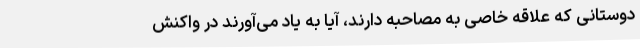
دوستانی که علاقه خاصی به مصاحبه دارند، آیا به یاد می‌آورند در واکنش